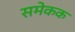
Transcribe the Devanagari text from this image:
समेकक